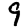
Digit: 9